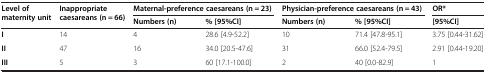
<table><thead><tr><td rowspan="2"><b>Level of maternity unit</b></td><td rowspan="2"><b>Inappropriate caesareans (n = 66)</b></td><td colspan="2"><b>Maternal-preference caesareans (n = 23)</b></td><td colspan="2"><b>Physician-preference caesareans (n = 43)</b></td><td><b>OR*</b></td></tr><tr><td><b>Numbers (n)</b></td><td><b>% [95%CI]</b></td><td><b>Numbers (n)</b></td><td><b>% [95%CI]</b></td><td><b>[95%CI]</b></td></tr></thead><tbody><tr><td><b>I</b></td><td>14</td><td>4</td><td>28.6 [4.9-52.2]</td><td>10</td><td>71.4 [47.8-95.1]</td><td>3.75 [0.44-31.62]</td></tr><tr><td><b>II</b></td><td>47</td><td>16</td><td>34.0 [20.5-47.6]</td><td>31</td><td>66.0 [52.4-79.5]</td><td>2.91 [0.44-19.20]</td></tr><tr><td><b>III</b></td><td>5</td><td>3</td><td>60 [17.1-100.0]</td><td>2</td><td>40 [0.0-82.9]</td><td>1</td></tr></tbody></table>